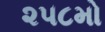
૨૫૮મો